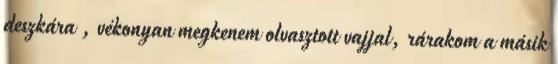
deszkára , vékonyan megkenem olvasztott vajjal, rárakom a másik